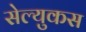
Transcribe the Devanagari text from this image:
सेल्‍युकस